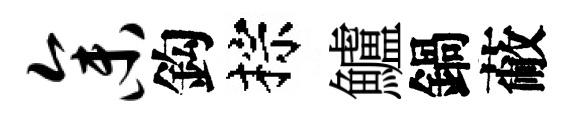
参鈎棕鱸鍋蔽